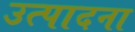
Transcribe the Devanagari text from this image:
उत्पादना